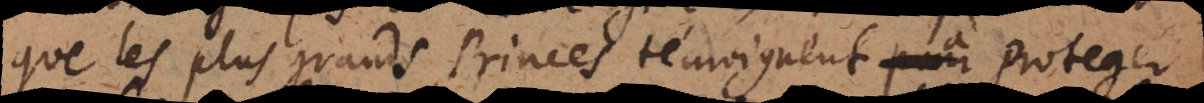
ue les plus grands Princes témoignent à proteger